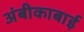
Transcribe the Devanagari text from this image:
अंबीकाबाई